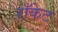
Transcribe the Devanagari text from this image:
राँकेट